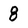
Character: 8